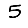
Digit: 5